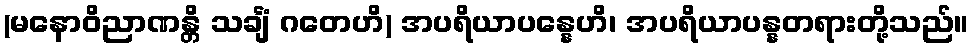
(မနောဝိညာဏန္တိ သင်္ချံ ဂတေဟိ) အပရိယာပန္နေဟိ၊ အပရိယာပန္နတရားတို့သည်။